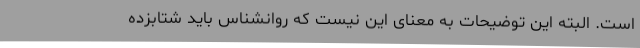
است. البته این توضیحات به معنای این نیست که روانشناس باید شتابزده